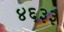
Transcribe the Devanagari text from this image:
४६३३